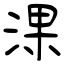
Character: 淉